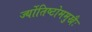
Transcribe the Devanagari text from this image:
र्ज्योतिष्टोममुखैः